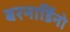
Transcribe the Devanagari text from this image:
बरनार्डिनो